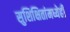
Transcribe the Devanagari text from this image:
सुशिक्षितांमध्येही